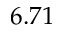
6 . 7 1